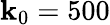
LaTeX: \mathbf{k}_{0}=500